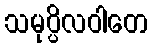
သမုပ္ပိလဝါတေ